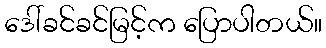
ဒေါ်ခင်ခင်မြင့်က ပြောပါတယ်။